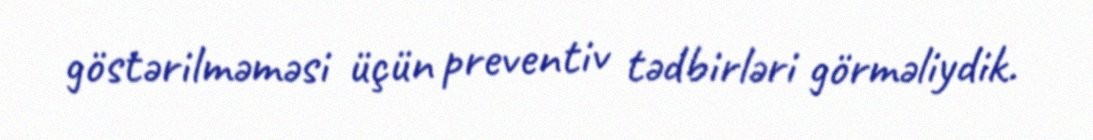
göstərilməməsi üçün preventiv tədbirləri görməliydik.